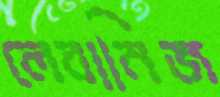
লেবানিজ